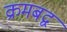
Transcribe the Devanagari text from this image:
क्रमबद्व